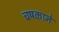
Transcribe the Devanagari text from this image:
चषकाने